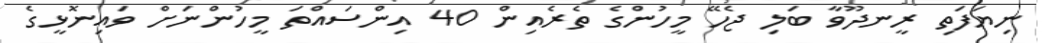
ނިޔަފަތި ރީނދޫވާ ބަލި ޖެހޭ މީހުންގެ ތެރެއިން 40 އިންސައްތަ މީހުންނަށް ވައިނޮޅީގެ